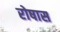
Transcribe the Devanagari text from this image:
रोषास